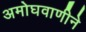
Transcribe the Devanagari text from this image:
अमोघवाणीने